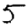
Digit: 5